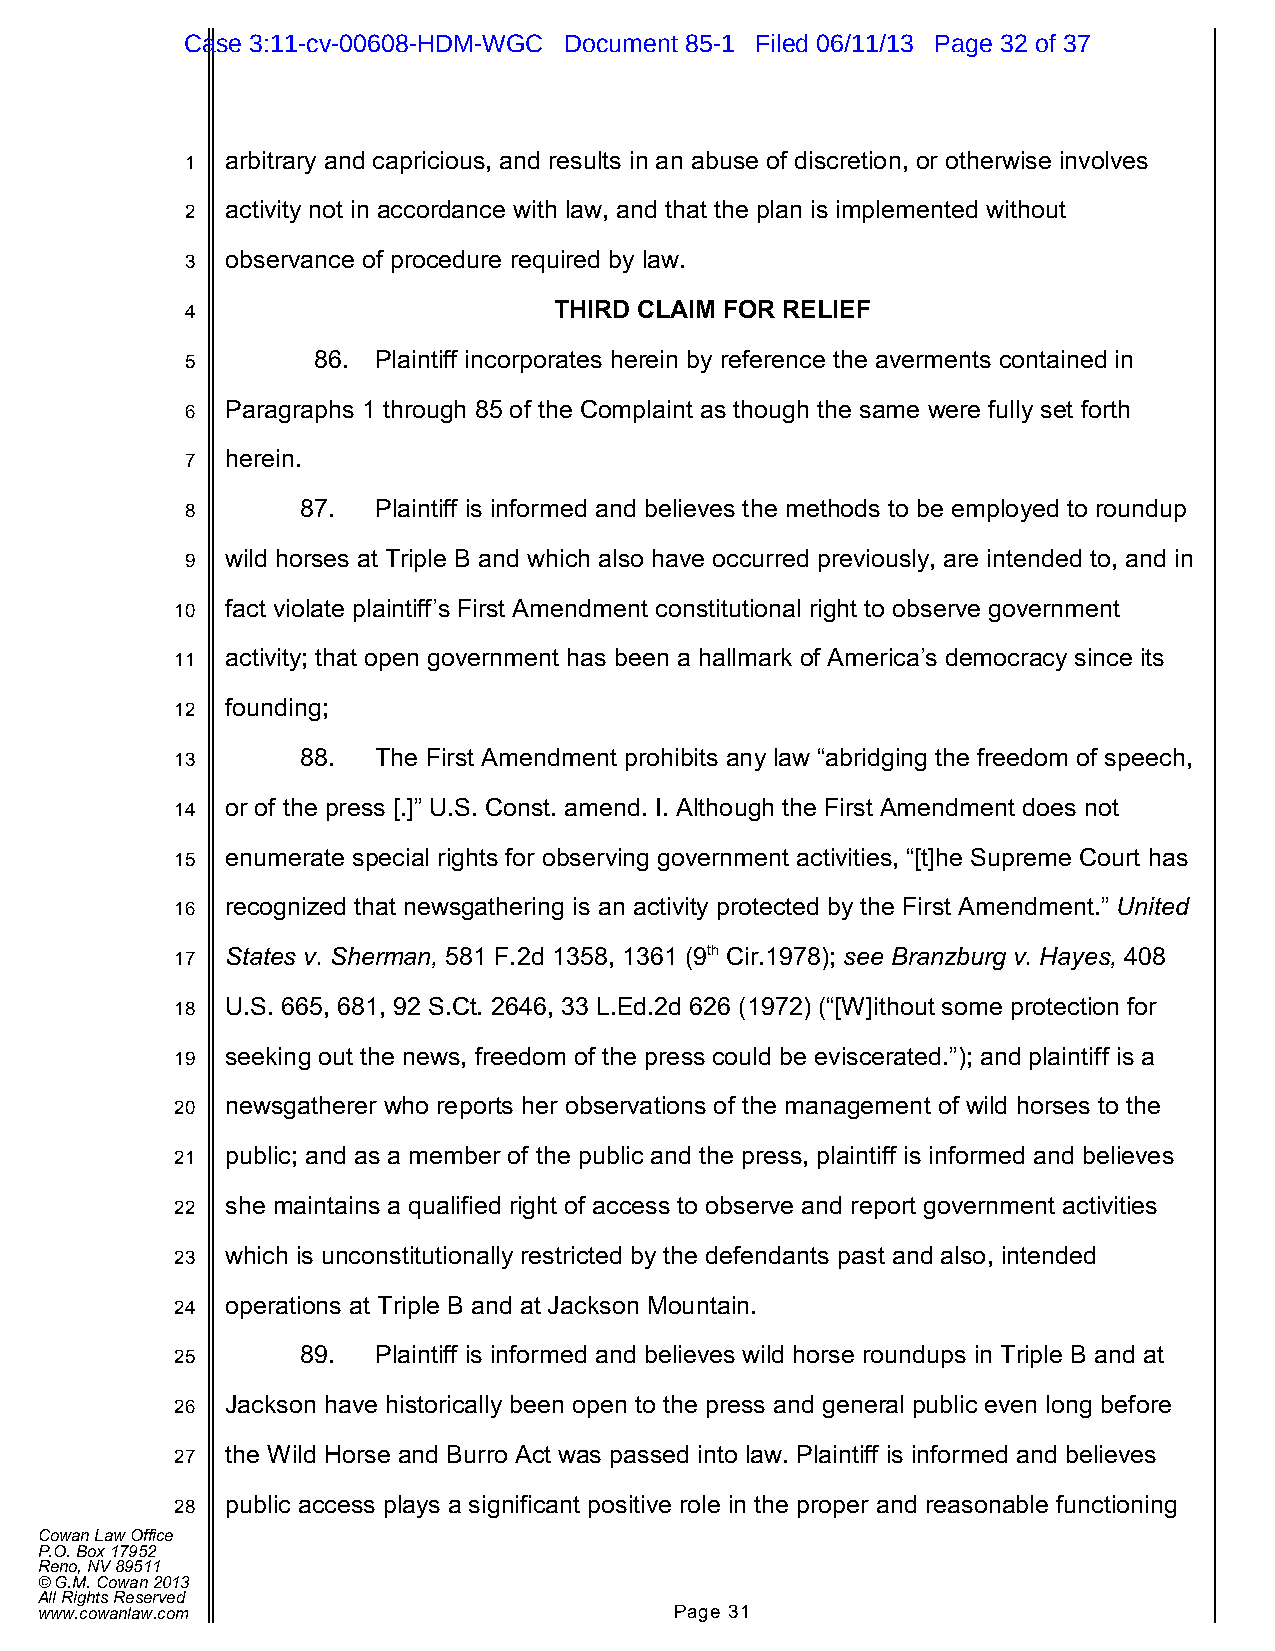
Case 3:11-cv-00608-HDM-WGC Document 85-1 Filed 06/11/13 Page 32 of 37
 1  arbitrary and capricious, and results in an abuse of discretion, or otherwise involves
 2  activity not in accordance with law, and that the plan is implemented without
 3  observance of procedure required by law.
 4                        THIRD CLAIM FOR RELIEF
 5        86. Plaintiff incorporates herein by reference the averments contained in
 6  Paragraphs 1 through 85 of the Complaint as though the same were fully set forth
 7  herein.
 8       87.  Plaintiff is informed and believes the methods to be employed to roundup
 9  wild horses at Triple B and which also have occurred previously, are intended to, and in
 10 fact violate plaintiff’s First Amendment constitutional right to observe government
 11 activity; that open government has been a hallmark of America’s democracy since its
 12 founding;
 13      88.  The First Amendment prohibits any law “abridging the freedom of speech,
 14 or of the press [.]” U.S. Const. amend. I. Although the First Amendment does not
 15 enumerate special rights for observing government activities, “[t]he Supreme Court has
 16 recognized that newsgathering is an activity protected by the First Amendment.” United
 17 States v. Sherman, 581 F.2d 1358, 1361 (9th Cir.1978); see Branzburg v. Hayes, 408
 18 U.S. 665, 681, 92 S.Ct. 2646, 33 L.Ed.2d 626 (1972) (“[W]ithout some protection for
 19 seeking out the news, freedom of the press could be eviscerated.”); and plaintiff is a
 20 newsgatherer who reports her observations of the management of wild horses to the
 21 public; and as a member of the public and the press, plaintiff is informed and believes
 22 she maintains a qualified right of access to observe and report government activities
 23 which is unconstitutionally restricted by the defendants past and also, intended
 24 operations at Triple B and at Jackson Mountain.
 25      89.  Plaintiff is informed and believes wild horse roundups in Triple B and at
 26 Jackson have historically been open to the press and general public even long before
 27 the Wild Horse and Burro Act was passed into law. Plaintiff is informed and believes
 28 public access plays a significant positive role in the proper and reasonable functioning
 Cowan Law Office
 P.O. Box 17952
 Reno, NV 89511
 © G.M. Cowan 2013
 All Rights Reserved
 www.cowanlaw.com                           Page 31